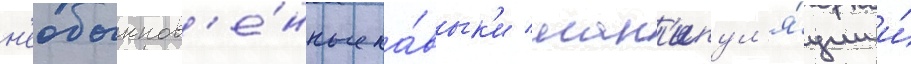
н'еобыкнов'е́нные на́вык'и ман'ипул'я́ции и́